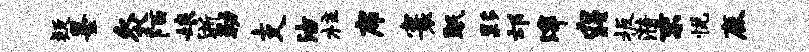
疑墨灸陌娘淅勒支沽柱席寰眠夥邙滓寝扳漪末悦鹿